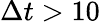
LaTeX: \Delta t>10